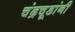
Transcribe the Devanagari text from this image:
चंद्रचूडांनी